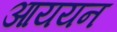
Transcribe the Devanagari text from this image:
आययन